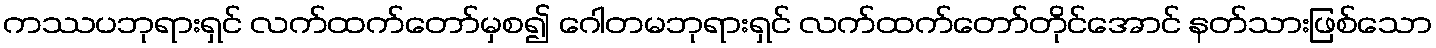
ကဿပဘုရားရှင် လက်ထက်တော်မှစ၍ ဂေါတမဘုရားရှင် လက်ထက်တော်တိုင်အောင် နတ်သားဖြစ်သော